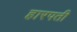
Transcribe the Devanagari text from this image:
हारपती